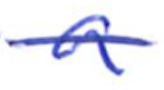
Text: a
Cross-out: single-line
Writing tool: ballpoint